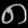
Digit: ၈